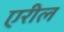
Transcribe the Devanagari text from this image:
एरील